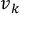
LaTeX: { \boldsymbol { v } } _ { k }